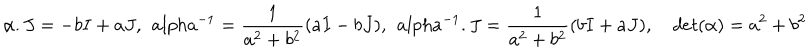
LaTeX: \alpha . J = - b I + a J , \ \, a l p h a ^ { - 1 } = \frac { 1 } { a ^ { 2 } + b ^ { 2 } } ( a I - b J ) , \ \, a l p h a ^ { - 1 } . J = \frac { 1 } { a ^ { 2 } + b ^ { 2 } } ( b I + a J ) , \quad d e t ( \alpha ) = a ^ { 2 } + b ^ { 2 }